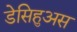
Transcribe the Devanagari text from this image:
डेसिहुअस